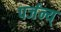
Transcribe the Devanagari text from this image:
पर्जन्य्